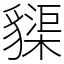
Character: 䝣